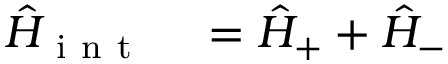
\begin{array} { r l } { \hat { H } _ { \mathrm { ~ i ~ n ~ t ~ } } } & { { } = \hat { H } _ { + } + \hat { H } _ { - } } \end{array}